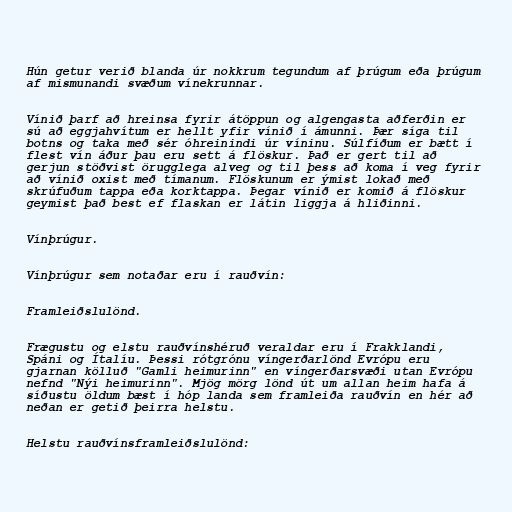
Hún getur verið blanda úr nokkrum tegundum af þrúgum eða þrúgum
af mismunandi svæðum vínekrunnar.

Vínið þarf að hreinsa fyrir átöppun og algengasta aðferðin er
sú að eggjahvítum er hellt yfir vínið í ámunni. Þær síga til
botns og taka með sér óhreinindi úr víninu. Súlfíðum er bætt í
flest vín áður þau eru sett á flöskur. Það er gert til að
gerjun stöðvist örugglega alveg og til þess að koma í veg fyrir
að vínið oxist með tímanum. Flöskunum er ýmist lokað með
skrúfuðum tappa eða korktappa. Þegar vínið er komið á flöskur
geymist það best ef flaskan er látin liggja á hliðinni.

Vínþrúgur.

Vínþrúgur sem notaðar eru í rauðvín:

Framleiðslulönd.

Frægustu og elstu rauðvínshéruð veraldar eru í Frakklandi,
Spáni og Ítalíu. Þessi rótgrónu víngerðarlönd Evrópu eru
gjarnan kölluð "Gamli heimurinn" en víngerðarsvæði utan Evrópu
nefnd "Nýi heimurinn". Mjög mörg lönd út um allan heim hafa á
síðustu öldum bæst í hóp landa sem framleiða rauðvín en hér að
neðan er getið þeirra helstu.

Helstu rauðvínsframleiðslulönd: